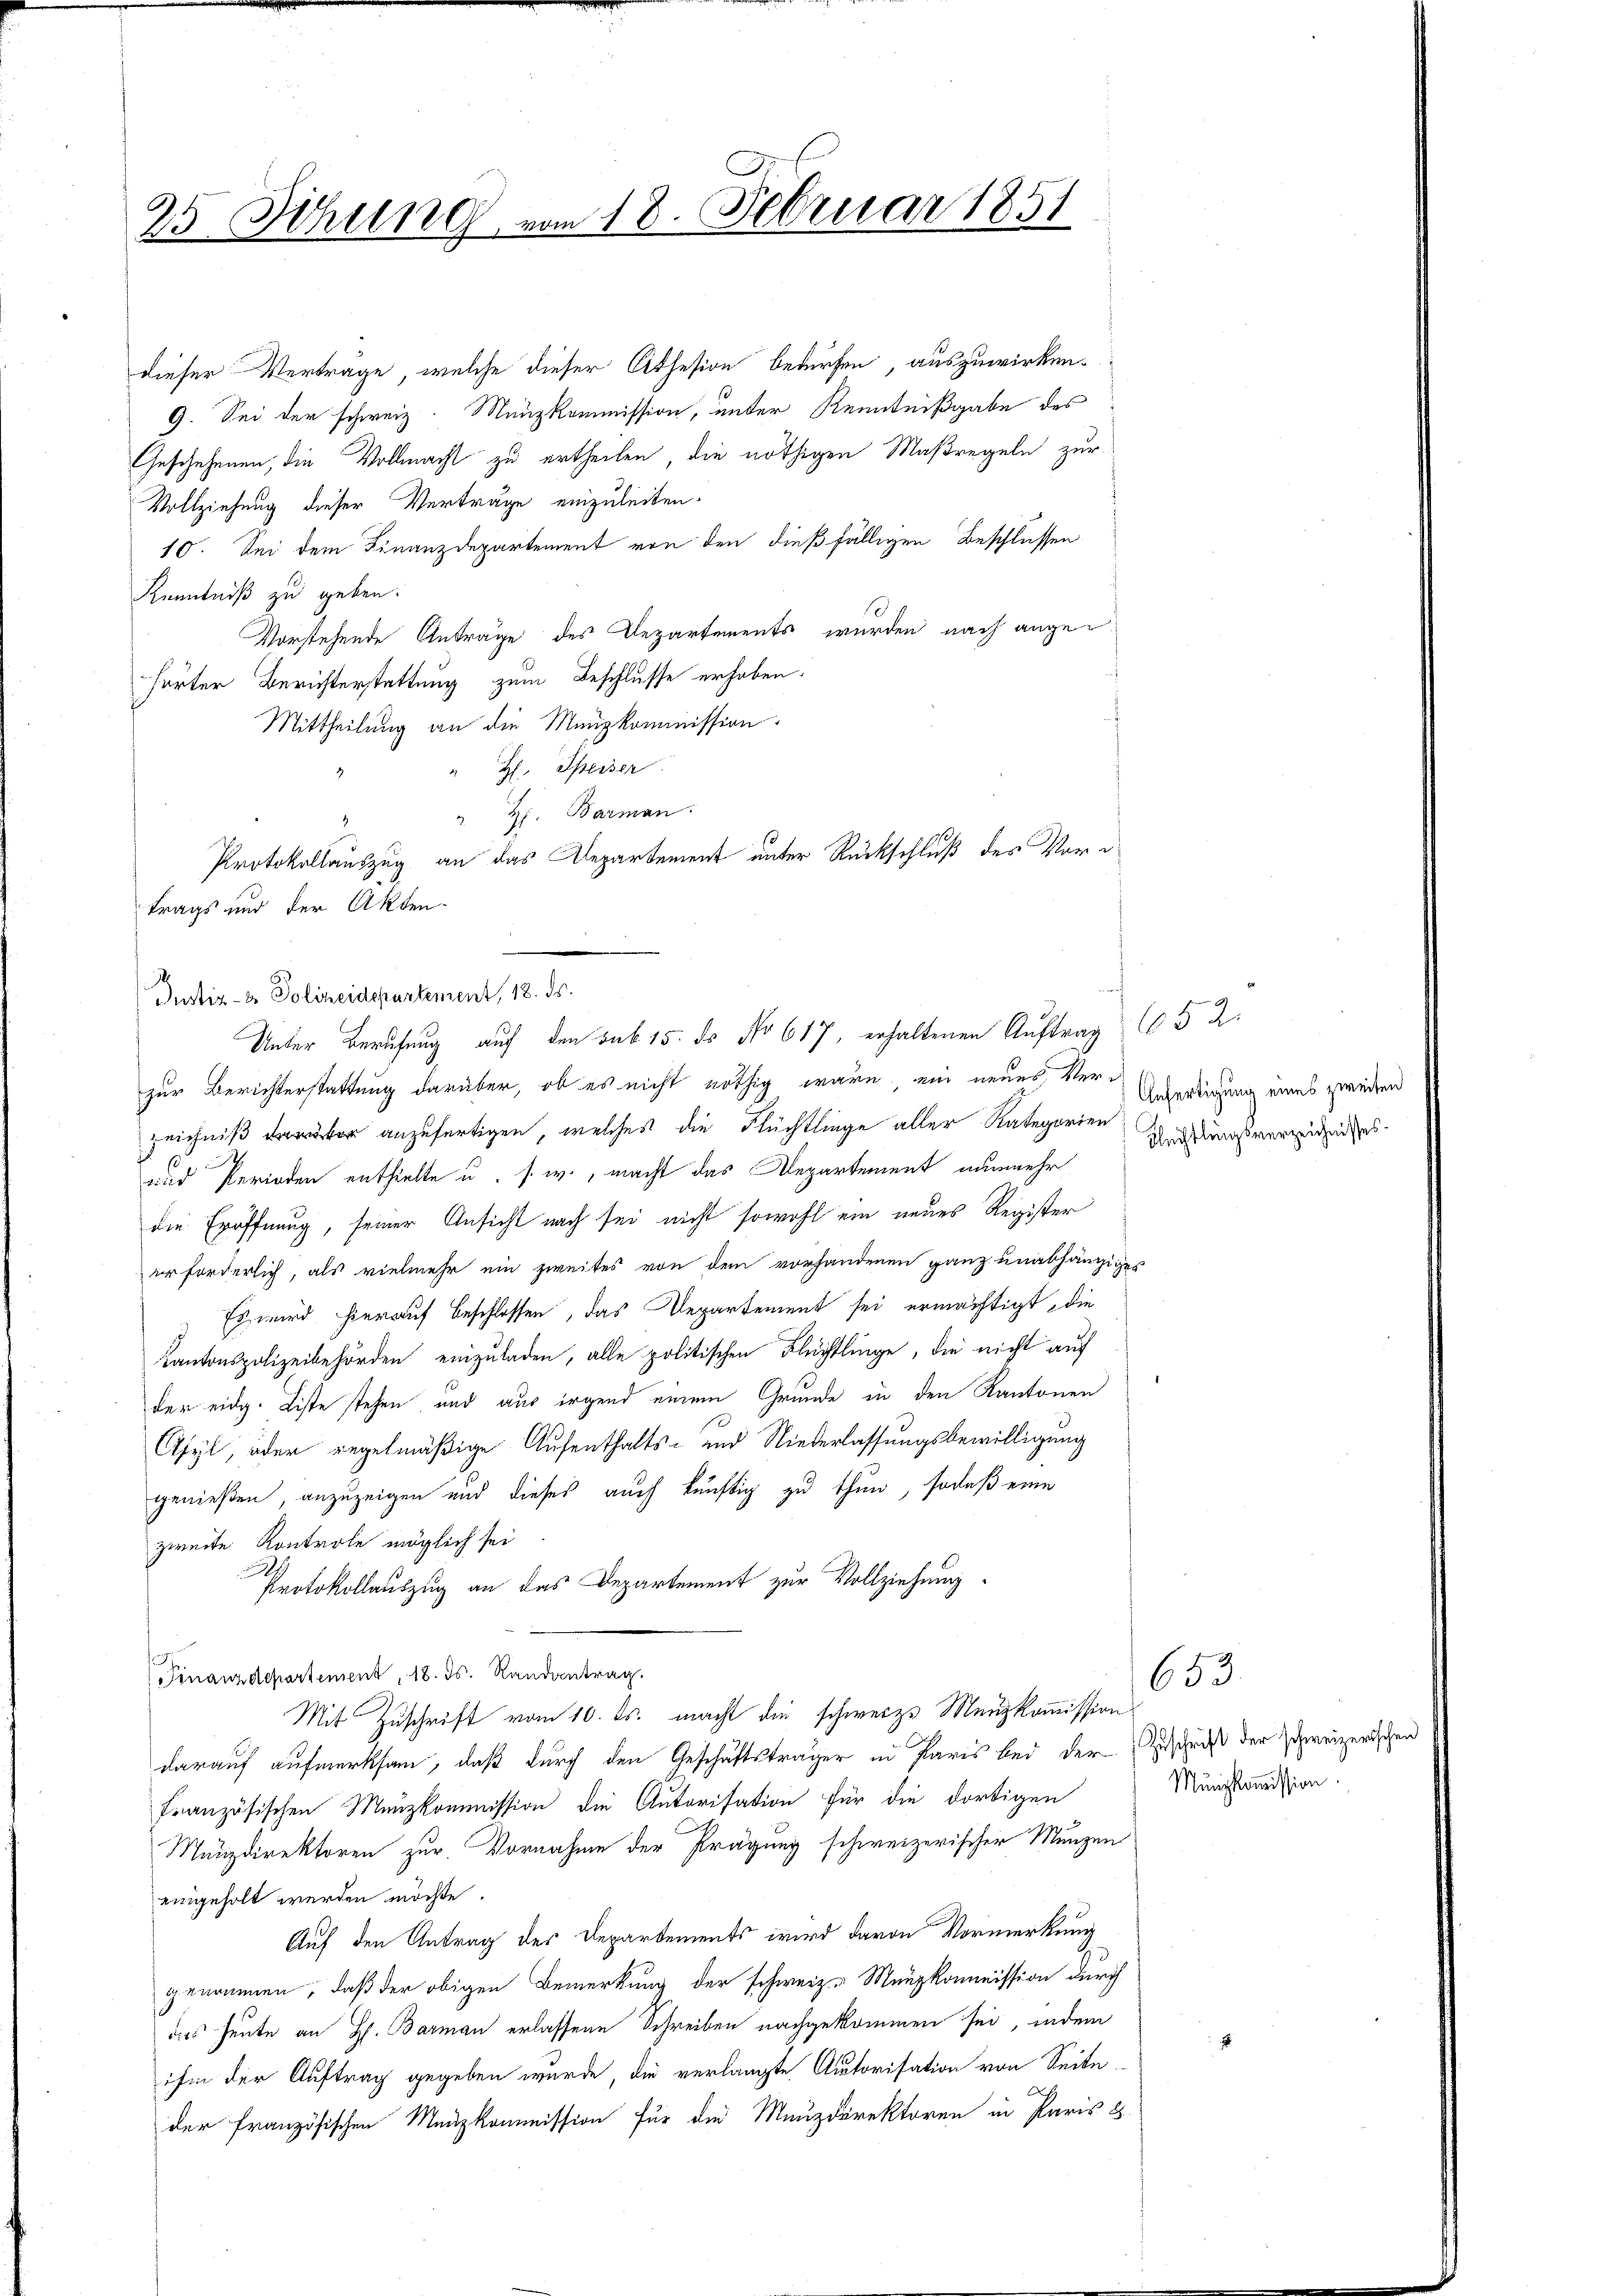
25 Sitzung vom 18. Februar 1851

dieser Verträge, welche dieser Athesion bedürfen, auszuwirken.
9. Sei der schweiz. Münzkommission, unter Kenntnißgabe des
Geschehenen, die Vollmacht zu ertheilen, die nöthigen Maßregeln zur
Vollziehung dieser Verträge einzuleiten.
10. Sei dem Finanzdepartement von den dießfälligen Beschlüssen
Kenntniß zu geben.
Vorstehende Anträge des Departements wurden nach angehörter Berichterstattung zum Beschlusse erhoben.
Mittheilung an die Menzkommission
H. Speiser
" H. Barman
Protokollauszug an das Departement unter Rückschluß des Vortrags und der Akten-
zur Berichterstattung darüber, ob es nicht nöthig wäre, ein neues Verzeichniß der anzufertigen, welches die Flüchtlinge aller Kategorien
und Perioden enthielte u. s. w., macht das Departement nunmehr
die Eröffnung, seiner Ansicht nach sei nicht sowohl ein neues Register
erforderlich, als vielmehr ein zweites von dem vorhandenen ganz unabhängiges
Es wird hierauf Beschlossen, das Departement sei ermächtigt, die
Kantonspolizeibehörden einzuladen, alle politischen Flüchtlinge, die nicht auf
der eidg. Liste stehen und aus irgend einem Grunde in den Kantonen
Asyl, oder regelmäßige Aufenthalts- und Niederlassungsbewilligung
genießen anzuzeigen und dieses auch künftig zu thun, sodaß eine
zweite Kontrole möglich sei
Protokollauszug an des Departement zur Vollziehung
Finanzdepartement, 18. ds. Randantrag.
Mit Zuschrift vom 10. ds. macht die schwerze Menzkommission
darauf aufmerksam, daß durch den Geschäftsträger in Paris bei der Zuschrift der Zweizerische
französischen Menzkommission die Autorisation für die dortigen
Münzdirektoren zur Vornahme der Prägung schweizerischer Munzen
eingeholt werden möchte.
Auf den Antrag des Departements wird davon Vormerkung
genommen, daß der obigen Bemerkung der schweiz. Münzkommission durch
ders heute an H. Barman erlassene Schreiben nachgekommen sei, indem
ihm der Auftrag gegeben wurde, die verlangte Autorisation von Seite
A
der französischen Menzkommission für die Menzdirektoren in Paris 8

Justiz- & Polizeidepartement, 18. Fr.
Unter Berufung auf den sub 15. ds No 617, erhaltenen Auftrag (5 2.

Anfertigung eines zweiten
Flüchtlungsverzeichnisses.

653
Münzkommission.